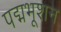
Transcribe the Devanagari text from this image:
पद्मभूशन